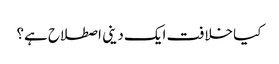
کیا خلافت ایک دینی اصطلاح ہے؟